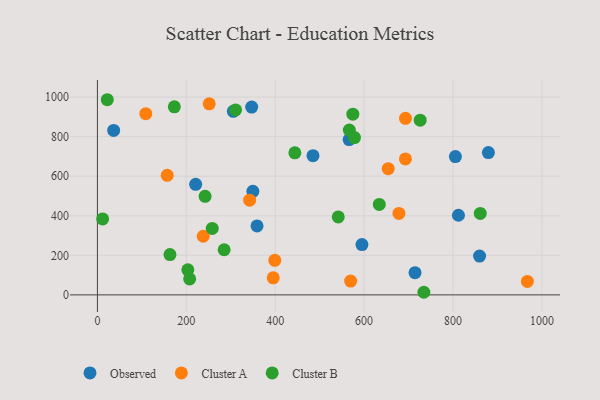
{"axis": {"x": "Ad Spend", "y": "Sales"}, "legend": ["Cluster A", "Cluster B", "Observed"], "data": [{"x": "349.7", "y": 523.3, "type": "Observed"}, {"x": "485.0", "y": 703.6, "type": "Observed"}, {"x": "805.4", "y": 699.4, "type": "Observed"}, {"x": "305.8", "y": 927.9, "type": "Observed"}, {"x": "879.6", "y": 719.5, "type": "Observed"}, {"x": "595.1", "y": 254.5, "type": "Observed"}, {"x": "714.5", "y": 112.1, "type": "Observed"}, {"x": "36.5", "y": 831.6, "type": "Observed"}, {"x": "347.1", "y": 949.5, "type": "Observed"}, {"x": "359.1", "y": 348.7, "type": "Observed"}, {"x": "859.7", "y": 196.4, "type": "Observed"}, {"x": "566.3", "y": 785.1, "type": "Observed"}, {"x": "221.0", "y": 558.8, "type": "Observed"}, {"x": "812.2", "y": 402.5, "type": "Observed"}, {"x": "157.0", "y": 604.2, "type": "Cluster A"}, {"x": "399.0", "y": 174.8, "type": "Cluster A"}, {"x": "342.4", "y": 478.8, "type": "Cluster A"}, {"x": "678.3", "y": 411.7, "type": "Cluster A"}, {"x": "654.2", "y": 637.8, "type": "Cluster A"}, {"x": "108.8", "y": 916.0, "type": "Cluster A"}, {"x": "395.5", "y": 86.2, "type": "Cluster A"}, {"x": "693.1", "y": 892.4, "type": "Cluster A"}, {"x": "238.0", "y": 296.5, "type": "Cluster A"}, {"x": "692.9", "y": 687.3, "type": "Cluster A"}, {"x": "251.5", "y": 966.1, "type": "Cluster A"}, {"x": "569.7", "y": 69.6, "type": "Cluster A"}, {"x": "967.3", "y": 68.0, "type": "Cluster A"}, {"x": "734.4", "y": 13.2, "type": "Cluster B"}, {"x": "173.0", "y": 950.7, "type": "Cluster B"}, {"x": "310.8", "y": 934.9, "type": "Cluster B"}, {"x": "11.7", "y": 384.1, "type": "Cluster B"}, {"x": "566.7", "y": 833.3, "type": "Cluster B"}, {"x": "574.6", "y": 913.4, "type": "Cluster B"}, {"x": "163.2", "y": 203.8, "type": "Cluster B"}, {"x": "203.4", "y": 126.9, "type": "Cluster B"}, {"x": "207.5", "y": 80.7, "type": "Cluster B"}, {"x": "258.3", "y": 336.0, "type": "Cluster B"}, {"x": "242.2", "y": 498.5, "type": "Cluster B"}, {"x": "22.2", "y": 986.6, "type": "Cluster B"}, {"x": "285.1", "y": 228.1, "type": "Cluster B"}, {"x": "444.2", "y": 718.0, "type": "Cluster B"}, {"x": "578.4", "y": 795.5, "type": "Cluster B"}, {"x": "861.3", "y": 411.9, "type": "Cluster B"}, {"x": "726.1", "y": 883.3, "type": "Cluster B"}, {"x": "541.8", "y": 393.9, "type": "Cluster B"}, {"x": "634.1", "y": 457.1, "type": "Cluster B"}]}